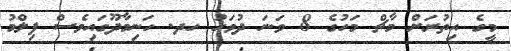
މީގެ އިތުރަށް މާޗް މަހުގެ 8 ވަނަ ދުވަހު ހދ. ހަނިމާދޫގައިވެސް ފިލްމު